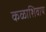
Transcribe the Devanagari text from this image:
कळाशिवाय